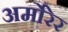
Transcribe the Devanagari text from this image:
अर्मोरेर